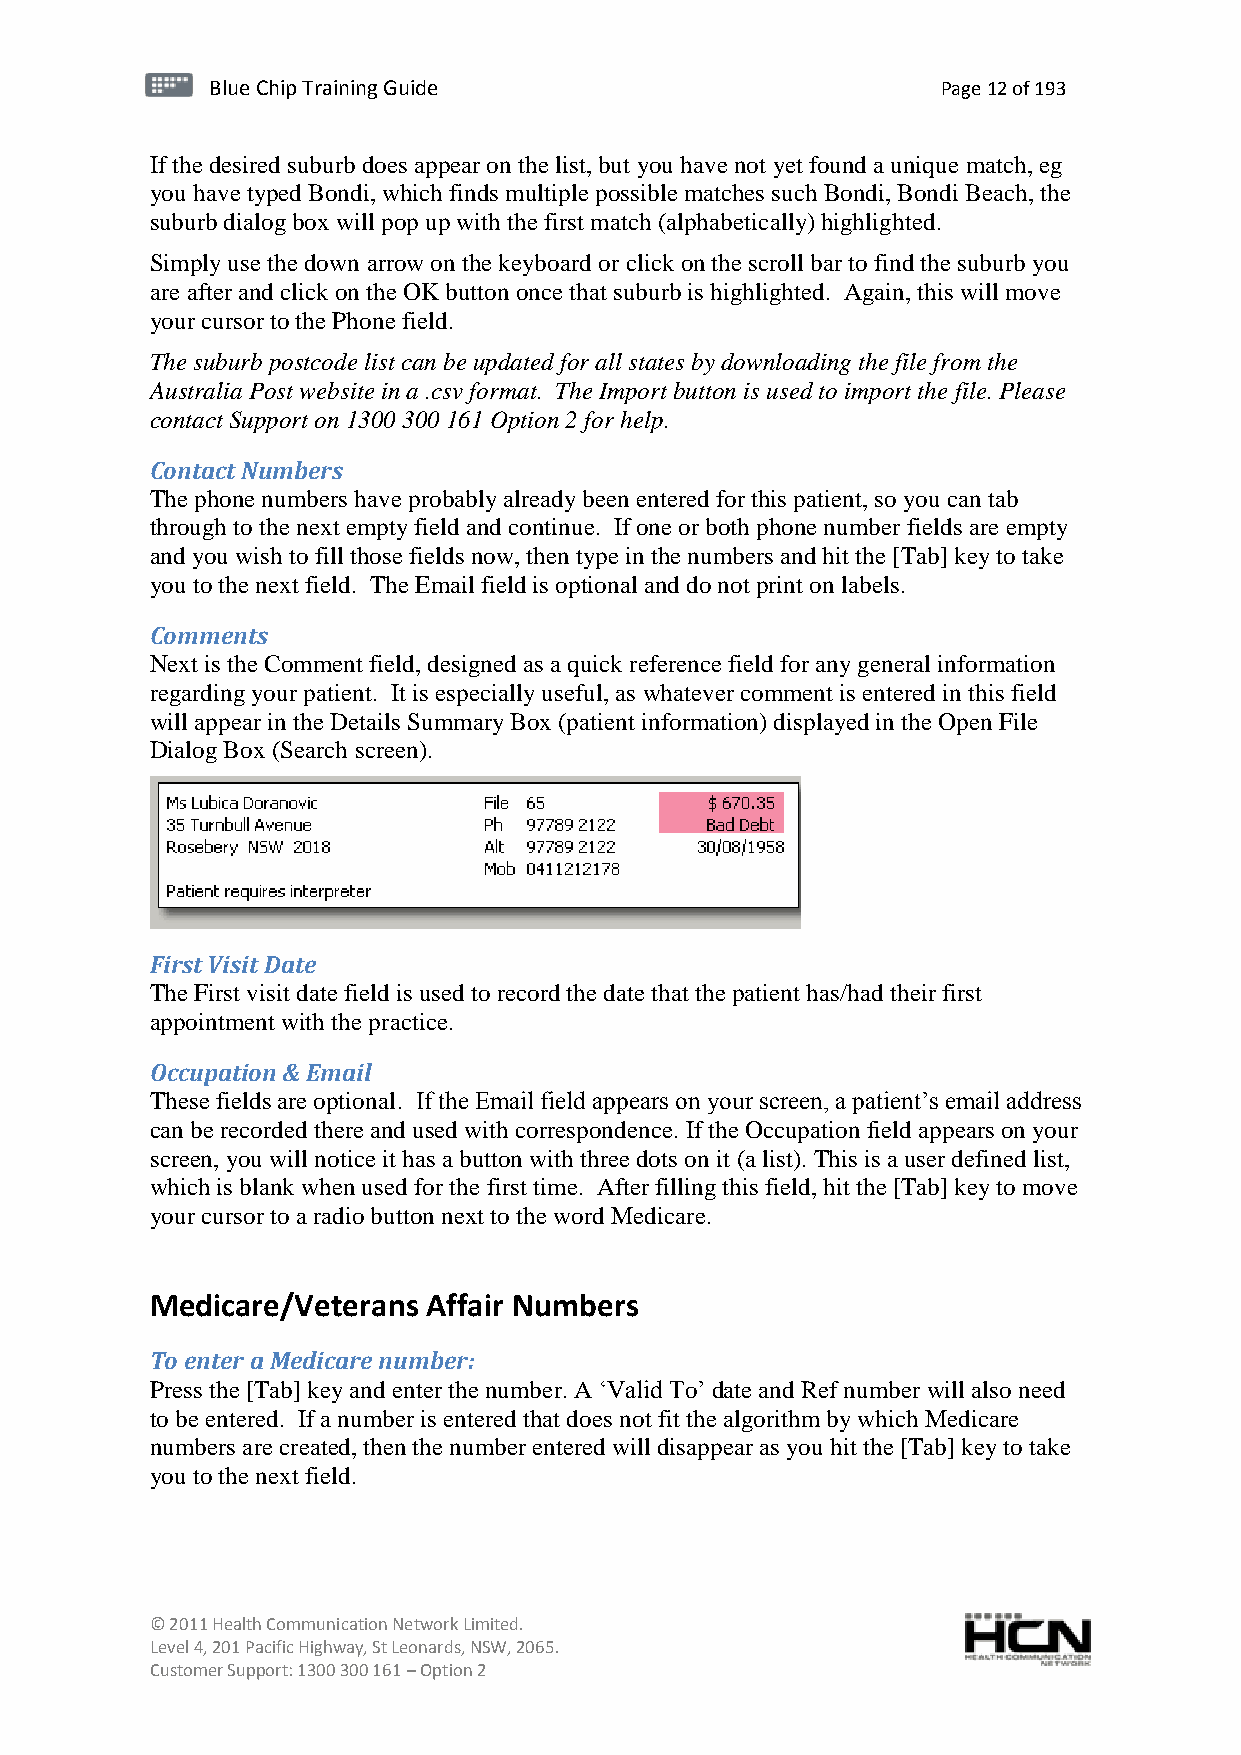
BBlluuee C Chihpi pTr Tairnainingi Gnugi dGeu ide Page 12 of 193
 If the desired suburb does appear on the list, but you have not yet found a unique match, eg
 you have typed Bondi, which finds multiple possible matches such Bondi, Bondi Beach, the
 suburb dialog box will pop up with the first match (alphabetically) highlighted.
 Simply use the down arrow on the keyboard or click on the scroll bar to find the suburb you
 are after and click on the OK button once that suburb is highlighted. Again, this will move
 your cursor to the Phone field.
 The suburb postcode list can be updated for all states by downloading the file from the
 Australia Post website in a .csv format. The Import button is used to import the file. Please
 contact Support on 1300 300 161 Option 2 for help.
 Contact Numbers
 The phone numbers have probably already been entered for this patient, so you can tab
 through to the next empty field and continue. If one or both phone number fields are empty
 and you wish to fill those fields now, then type in the numbers and hit the [Tab] key to take
 you to the next field. The Email field is optional and do not print on labels.
 Comments
 Next is the Comment field, designed as a quick reference field for any general information
 regarding your patient. It is especially useful, as whatever comment is entered in this field
 will appear in the Details Summary Box (patient information) displayed in the Open File
 Dialog Box (Search screen).
 First Visit Date
 The First visit date field is used to record the date that the patient has/had their first
 appointment with the practice.
 Occupation & Email
 These fields are optional. If the Email field appears on your screen, a patient’s email address
 can be recorded there and used with correspondence. If the Occupation field appears on your
 screen, you will notice it has a button with three dots on it (a list). This is a user defined list,
 which is blank when used for the first time. After filling this field, hit the [Tab] key to move
 your cursor to a radio button next to the word Medicare.
 Medicare/Veterans Affair Numbers
 To enter a Medicare number:
 Press the [Tab] key and enter the number. A ‘Valid To’ date and Ref number will also need
 to be entered. If a number is entered that does not fit the algorithm by which Medicare
 numbers are created, then the number entered will disappear as you hit the [Tab] key to take
 you to the next field.
 © 2011 Health Communication Network Limited.
 Level 4, 201 Pacific Highway, St Leonards, NSW, 2065.
 Customer Support: 1300 300 161 – Option 2